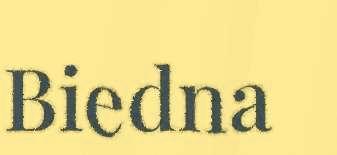
Biedna